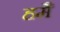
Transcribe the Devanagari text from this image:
हमै